Report on enteric fever
Disease focus: Fever
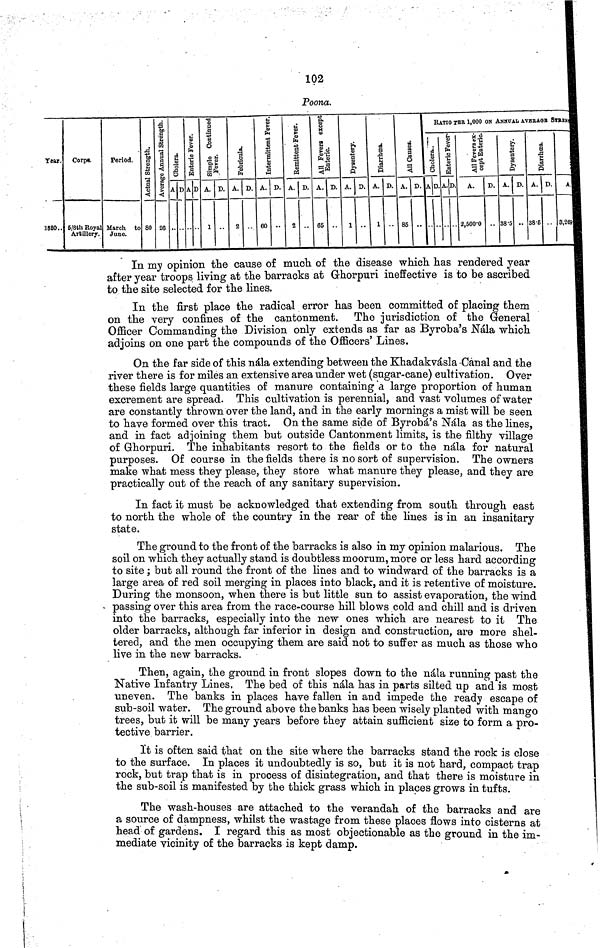
102
Poona.
Year.
1880..
Corps.
5/8th Royal
Artillery.
Period.
March to
June.
Actual Strength.
80
Average Annual Strength.
26
A D
Enteric Fever.
A D
Simple Continued Fever.
A.
1
D.
Febricula.
A.
2
D.
Intermitten Fever.
A.
60
D.
Remittent Fever.
A.
2
D.
All Fevers except
A.
65
D. A.
1
D.
1
A.
1
D. A.
85
D.
RATIO TER 1,000 ON ANNUAL AVERAGE STRENG
AD
Enteric Fever.
A. D
All Fever ex
cept Enteric.
A.
2,500 0
D.
Dysentery.
A.
38 5
D.
..
Diarrhœa
A.
38 6
D.
A.
3,269
In my opinion the cause of much of the disease which has rendered year
after year troops living at the barracks at Ghorpuri ineffective is to be ascribed
to the site selected for the lines.
In the first place the radical error has been committed of placing them
on the very confines of the cantonment. The jurisdiction of the General
Officer Commanding the Division only extends as far as Byroba's Nála which
adjoins on one part the compounds of the Officers' Lines.
On the far side of this nála extending between the Khadakvásla Canal and the
river there is for miles an extensive area under wet (sugar cane) cultivation. Over
these fields large quantities of manure containing a large proportion of human
excrement are spread. This cultivation is perennial, and vast volumes of water
are constantly thrown over the land, and in the early mornings a mist will be seen
to have formed over this tract. On the same side of Byrobá's Nála as the lines,
and in fact adjoining them but outside Cantonment limits, is the filthy village
of Ghorpuri. The inhabitants resort to the fields or to the nála for natural
purposes. Of course in the fields there is no sort of supervision. The owners
make what mess they please, they store what manure they please, and they are
practically out of the reach of any sanitary supervision.
In fact it must be acknowledged that extending from south through east
to north the whole of the country in the rear of the lines is in an insanitary
state.
The ground to the front of the barracks is also in my opinion malarious. The
soil on which they actually stand is doubtless moorum, more or less hard according
to site; but all round the front of the lines and to windward of the barracks is a
large area of red soil merging in places into black, and it is retentive of moisture.
During the monsoon, when there is but little sun to assist evaporation, the wind
passing over this area from the race course hill blows cold and chill and is driven
into the barracks, especially into the new ones which are nearest to it The
older barracks, although far inferior in design and construction, are more shel-
tered, and the men occupying them are said not to suffer as much as those who
live in the new barracks.
Then, again, the ground in front slopes down to the nála running past the
Native Infantry Lines, The bed of this nála has in parts silted up and is most
uneven. The banks in places have fallen in and impede the ready escape of
sub soil water. The ground above the banks has been wisely planted with mango
trees, but it will be many years before they attain sufficient size to form a pro-
tective barrier.
It is often said that on the site where the barracks stand the rock is close
to the surface. In places it undoubtedly is so, but it is not hard, compact trap
rock, but trap that is in process of disintegration, and that there is moisture in
the sub soil is manifested by the thick grass which in places grows in tufts.
The wash houses are attached to the verandah of the barracks and are
a source of dampness, whilst the wastage from these places flows into cisterns at
head of gardens. I regard this as most objectionable as the ground in the im-
mediate vicinity of the barracks is kept damp.